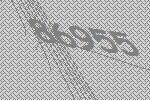
86955